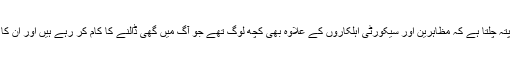
مظاہروں میں تشدد پر توجہ دینے سے پتہ چلتا ہے کہ مظاہرین اور سیکورٹی اہلکاروں کے علاوہ بھی کچھ لوگ تھے جو آگ میں گھی ڈالنے کا کام کر رہے ہیں اور ان کا مقصد حالات کو دھماکہ خيز بنانا ہے۔